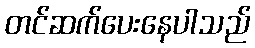
တင်ဆက်ပေးနေပါသည်